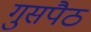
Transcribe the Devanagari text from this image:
गुसपैठ